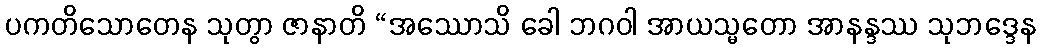
ပကတိသောတေန သုတွာ ဇာနာတိ “အဿောသိ ခေါ ဘဂဝါ အာယသ္မတော အာနန္ဒဿ သုဘဒ္ဒေန